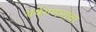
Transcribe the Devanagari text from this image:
वर्षगणनांचा